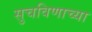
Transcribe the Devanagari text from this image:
सुचविणाच्या